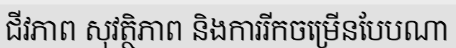
ជីវភាព សុវត្ថិភាព និងការរីកចម្រើនបែបណា